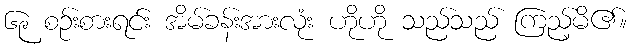
၆၉ စဉ်းစားရင်း အိမ်ခန်းအားလုံး ဟိုဟို သည်သည် ကြည့်မိ၏။